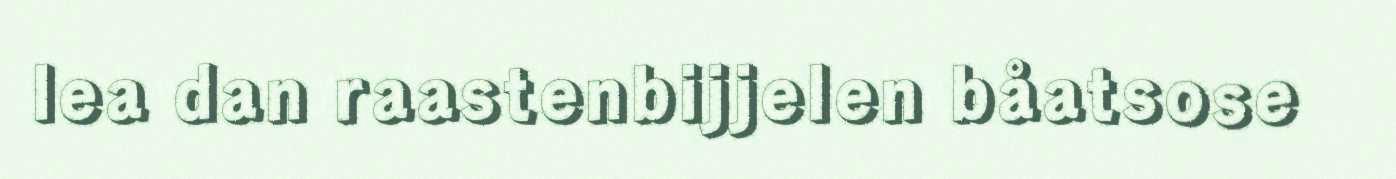
lea dan raastenbijjelen båatsose